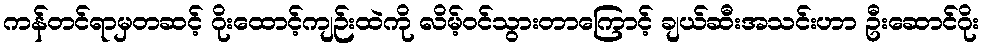
ကန်တင်ရာမှတဆင့် ဂိုးထောင့်ကျဉ်းထဲကို လိမ့်ဝင်သွားတာကြောင့် ချယ်ဆီးအသင်းဟာ ဦးဆောင်ဂိုး